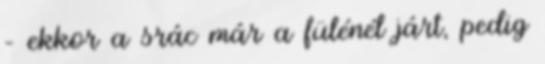
– ekkor a srác már a fülénél járt, pedig